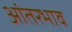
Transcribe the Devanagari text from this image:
आंतरभाव